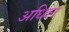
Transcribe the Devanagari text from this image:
अधिल